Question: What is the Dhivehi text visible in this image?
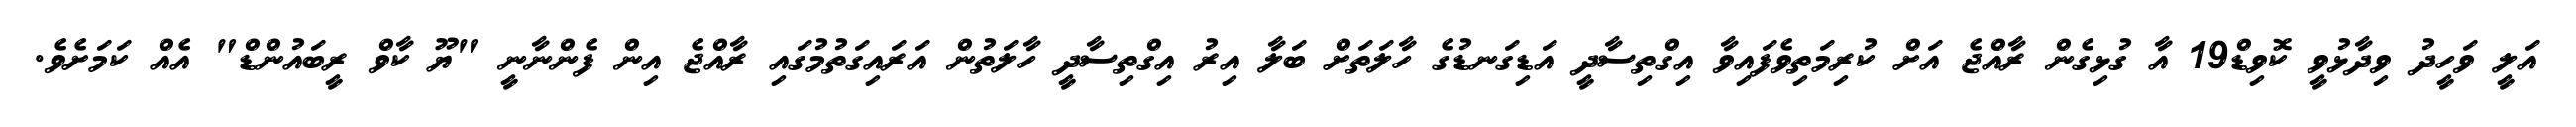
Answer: އަލީ ވަހީދު ވިދާޅުވީ ކޮވިޑް19 އާ ގުޅިގެން ރާއްޖެ އަށް ކުރިމަތިވެފައިވާ އިގްތިސާދީ އަޑިގަނޑުގެ ހާލަތަށް ބަލާ އިރު އިގްތިސާދީ ހާލަތުން އަރައިގަތުމުގައި ރާއްޖެ އިން ފެންނާނީ "ޔޫ ކާވް ރީބައުންޑް" އެއް ކަމަށެވެ.